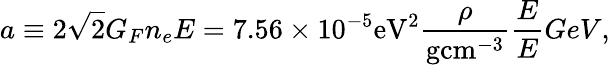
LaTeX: a\equiv 2\sqrt{2}G_{F}n_{e}E=7.56\times 10^{-5}\mathrm{eV}^{2}\frac{\rho}{\mathrm{gcm}^{-3}}\frac{E}{E}{GeV},